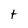
Character: t